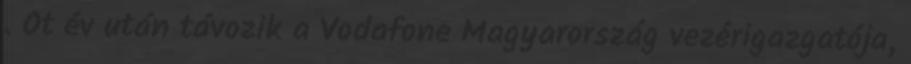
. Öt év után távozik a Vodafone Magyarország vezérigazgatója,